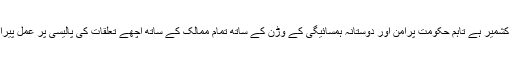
تحریری جواب میں کہا گیا ہے کہ پاکستان اور انڈیا کے درمیاں بنیادی مسئلہ جموں کشمیر ہے تاہم حکومت پرامن اور دوستانہ ہمسائیگی کے وڑن کے ساتھ تمام ممالک کے ساتھ اچھے تعلقات کی پالیسی پر عمل پیرا ہے اور پاکستان انڈیا کے ساتھ تمام بشمول جموں وکشمیر تنازعے کا حل چاہتا ہے۔